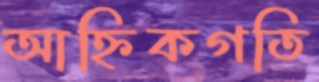
আহ্নিকগতি